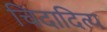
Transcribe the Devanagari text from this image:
चिदादित्य